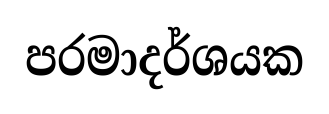
පරමාදර්ශයක